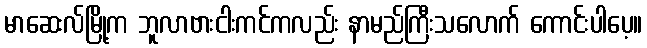
မာဆေးလ်မြို့က ဘူလာဗားငါးကင်ကလည်း နာမည်ကြီးသလောက် ကောင်းပါပေ့။